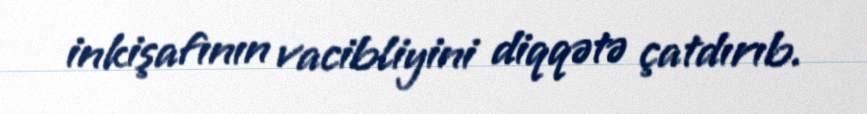
inkişafının vacibliyini diqqətə çatdırıb.